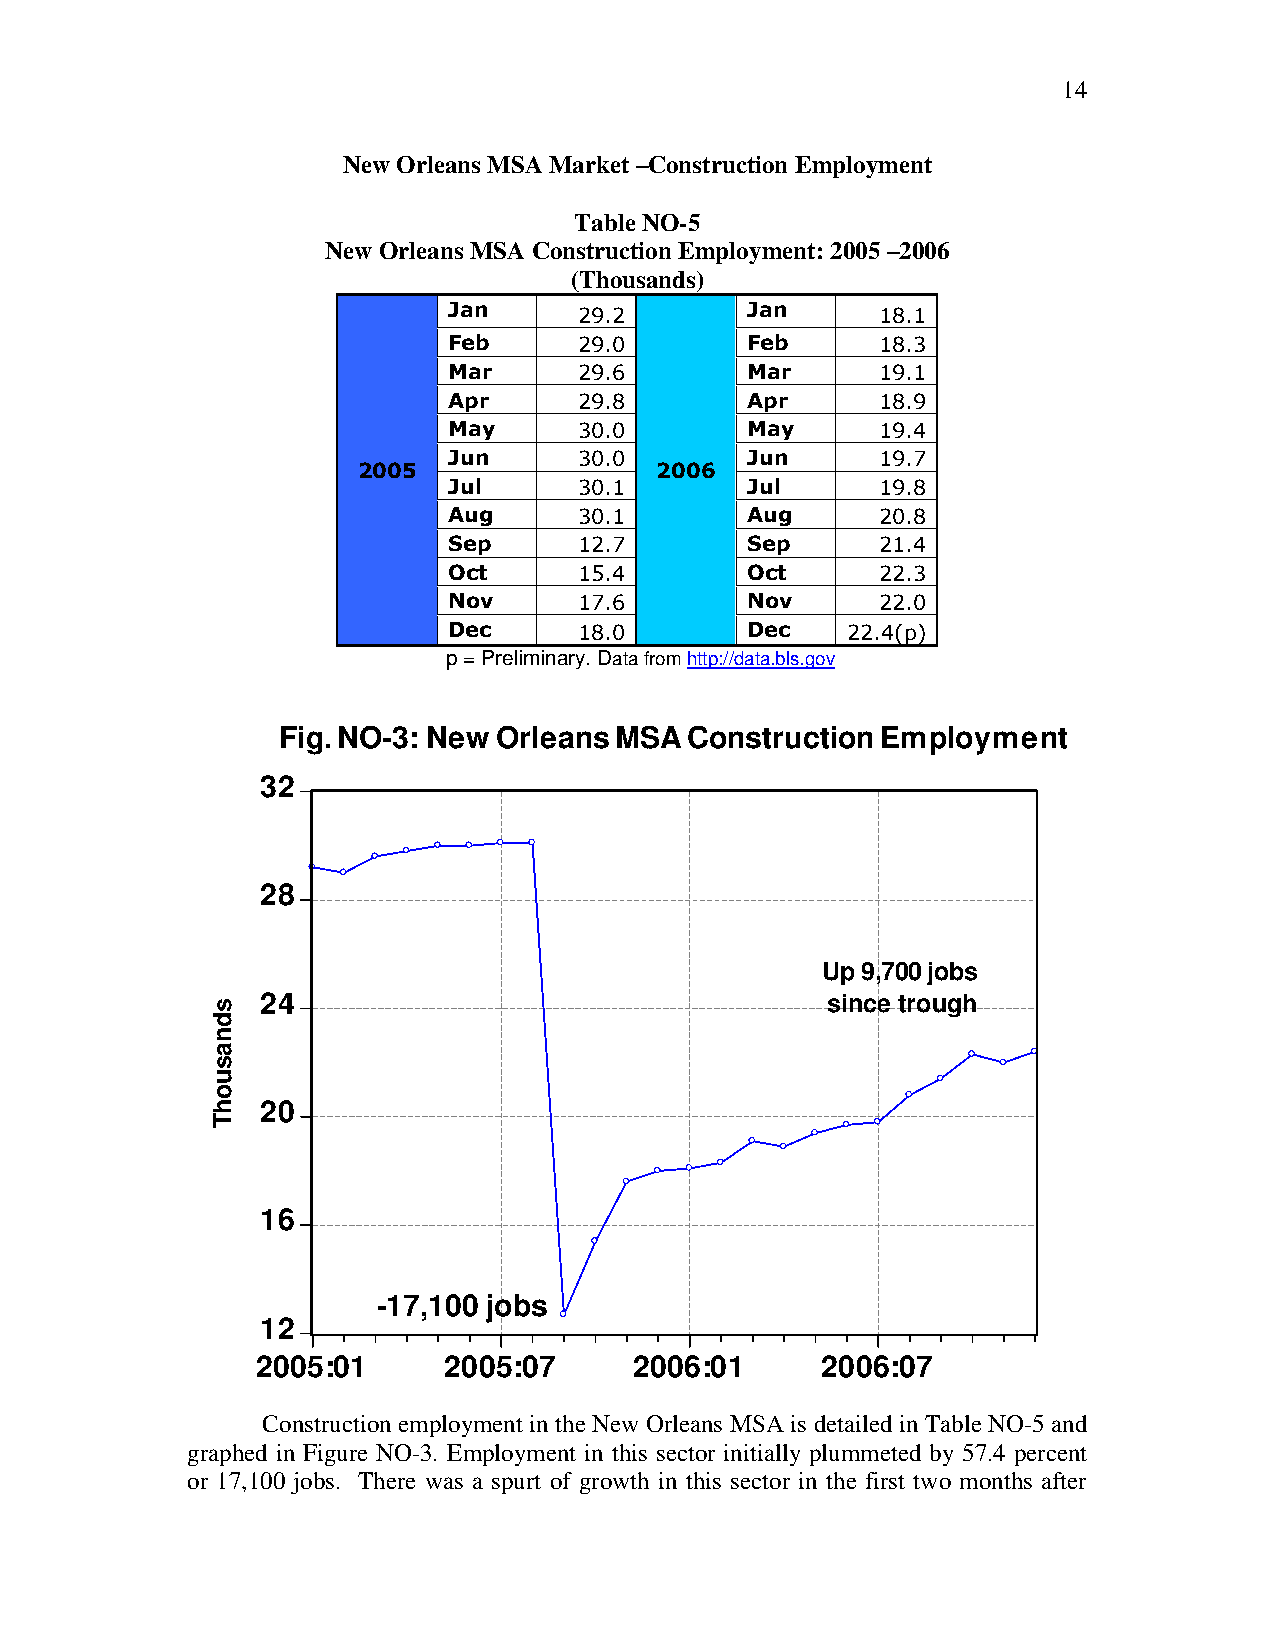
14
 New Orleans MSA Market –Construction Employment
 Table NO-5
 New Orleans MSA Construction Employment: 2005 –2006
 (Thousands)
 Jan     29.2       Jan      18.1
 Feb     29.0       Feb      18.3
 Mar     29.6       Mar      19.1
 Apr     29.8       Apr      18.9
 May     30.0       May      19.4
 Jun     30.0       Jun      19.7
 2005               2006
 Jul     30.1       Jul      19.8
 Aug     30.1       Aug      20.8
 Sep     12.7       Sep      21.4
 Oct     15.4       Oct      22.3
 Nov     17.6       Nov      22.0
 Dec     18.0       Dec    22.4(p)
 p = Preliminary. Data from http://data.bls.gov
 Fig. NO-3: New Orleans MSA Construction Employment
 32
 28
 Up 9,700 jobs
 24                                    since trough
 20
 16
 -17,100 jobs
 12
 2005:01     2005:07      2006:01     2006:07
 Construction employment in the New Orleans MSA is detailed in Table NO-5 and
 graphed in Figure NO-3. Employment in this sector initially plummeted by 57.4 percent
 or 17,100 jobs. There was a spurt of growth in this sector in the first two months after
 sdnasuohT